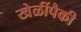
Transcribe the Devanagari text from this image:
खेळींपैकी